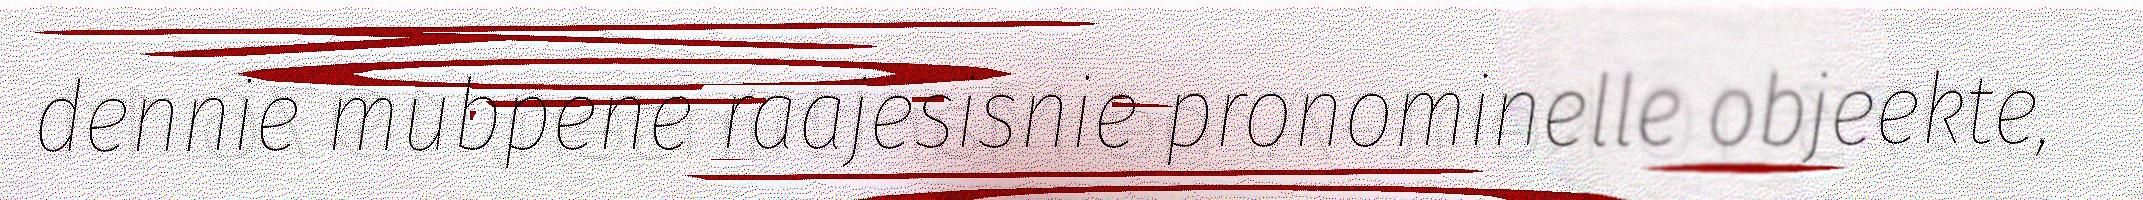
dennie mubpene raajesisnie pronominelle objeekte,